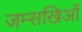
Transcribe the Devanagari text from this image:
जम्सखिओं